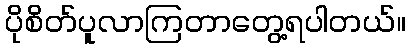
ပိုစိတ်ပူလာကြတာတွေ့ရပါတယ်။